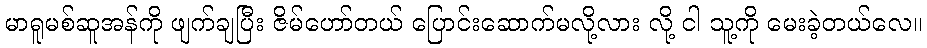
မာရူမစ်ဆူအန်ကို ဖျက်ချပြီး ဇိမ်ဟော်တယ် ပြောင်းဆောက်မလို့လား လို့ ငါ သူ့ကို မေးခဲ့တယ်လေ။